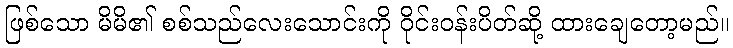
ဖြစ်သော မိမိ၏ စစ်သည်လေးသောင်းကို ဝိုင်းဝန်းပိတ်ဆို့ ထားချေတော့မည်။